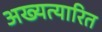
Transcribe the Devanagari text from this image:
अख्यत्यारित